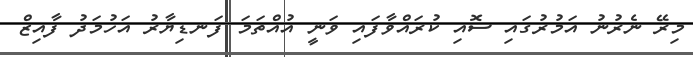
މިރޭ ނެރުނު އަމުރުގައި ސޮއި ކުރައްވާފައި ވަނީ އުއްތަމަ ފަނޑިޔާރު އަހުމަދު ފާއިޒް